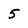
Character: 5